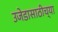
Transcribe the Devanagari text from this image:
उजेडासाठीच्या